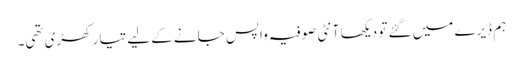
ہم ڈیرے میں گئے تو دیکھا آنٹی صوفیہ واپس جانے کے لیے تیار کھڑی تھی۔